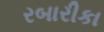
રબારીકા